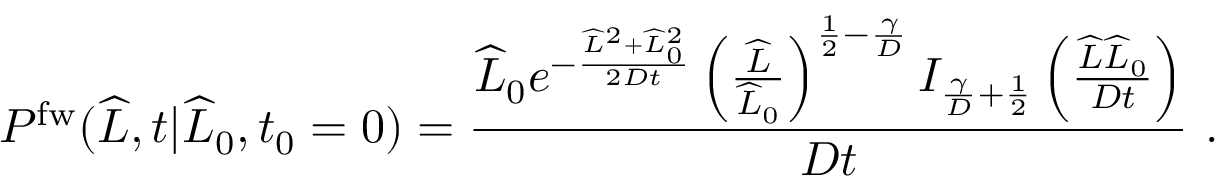
P ^ { \mathrm { f w } } ( \widehat { L } , t | \widehat { L } _ { 0 } , t _ { 0 } = 0 ) = \frac { \widehat { L } _ { 0 } e ^ { - \frac { \widehat { L } ^ { 2 } + \widehat { L } _ { 0 } ^ { 2 } } { 2 D t } } \left( \frac { \widehat { L } } { \widehat { L } _ { 0 } } \right) ^ { \frac { 1 } { 2 } - \frac { \gamma } { D } } I _ { \frac { \gamma } { D } + \frac { 1 } { 2 } } \left( \frac { \widehat { L } \widehat { L } _ { 0 } } { D t } \right) } { D t } \ .